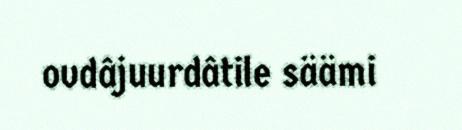
ovdâjuurdâtile säämi